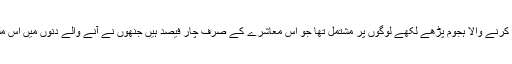
کچھ یہ بھی نیا نہیں ہے کہ ایسا کرنے والا ہجوم پڑھے لکھے لوگوں پر مشتمل تھا جو اس معاشرے کے صرف چار فیصد ہیں جنھوں نے آنے والے دنوں میں اس ملک کی بھاگ ڈور سنبھالنی ہے۔